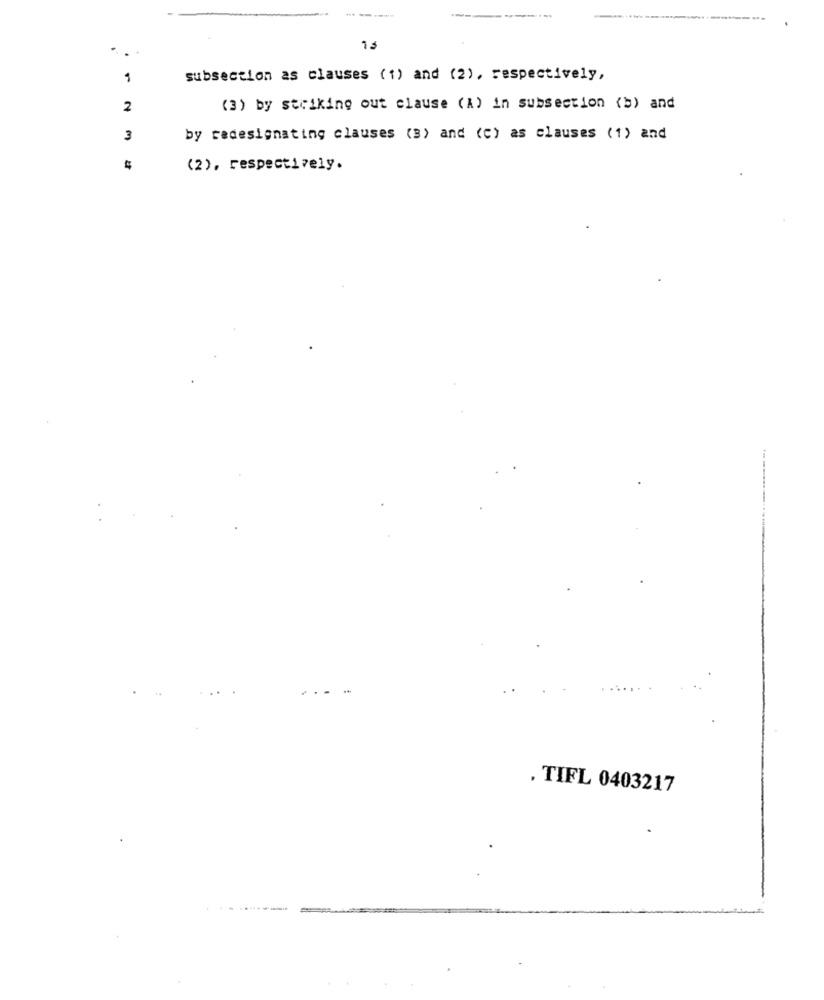
--------
----
1
subsection as clauses (1) and (2), respectively,
2
(3) by striking out clause (A) in subsection (b) and
3
by redesignating clauses (3) and (c) as clauses (1) and
(2), respectively.
. TIFL 0403217